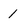
Character: 1